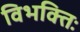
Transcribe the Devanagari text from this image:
विभक्तिः